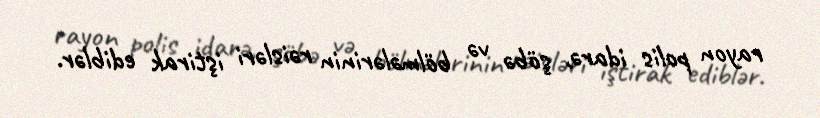
rayon polis idarə, şöbə və bölmələrinin rəisləri iştirak ediblər.